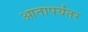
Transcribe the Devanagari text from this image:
आतापर्यंतर